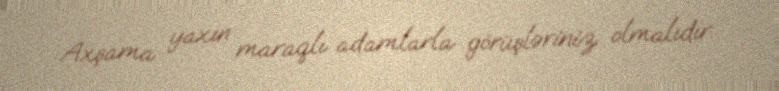
Axşama yaxın maraqlı adamlarla görüşləriniz olmalıdır.